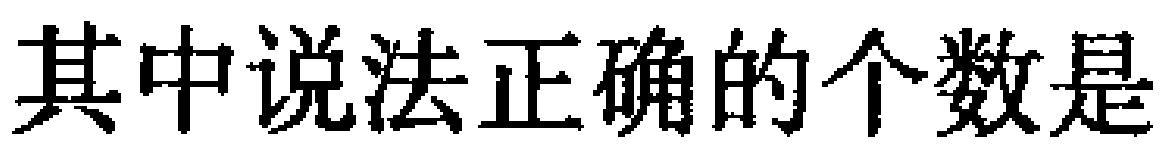
其中说法正确的个数是